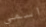
اسمي